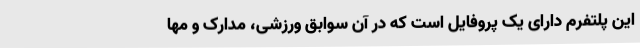
این پلتفرم دارای یک پروفایل است که در آن سوابق ورزشی، مدارک و مها